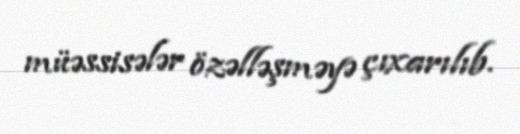
müəssisələr özəlləşməyə çıxarılıb.